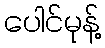
ပေါင်မုန့်